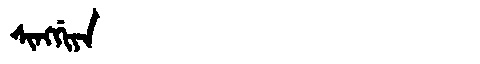
Manchu: ᠰᡳᠩᡤᡳᠶᠠ
Romanization: SINGGIYA